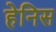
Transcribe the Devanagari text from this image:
हेनिस